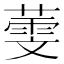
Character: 𦻱